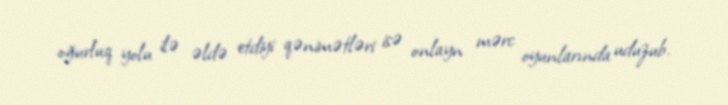
oğurluq yolu ilə əldə etdiyi qənimətləri isə onlayn mərc oyunlarında uduzub.